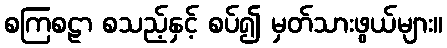
စကြစဠာ စသည့်နှင့် စပ်၍ မှတ်သားဖွယ်များ။